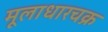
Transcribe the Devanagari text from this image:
मूलाधारचक्र